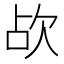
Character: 𣢤